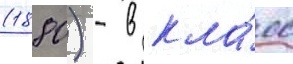
(1880) - в кла́сс